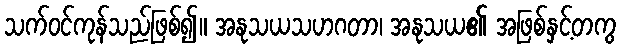
သက်ဝင်ကုန်သည်ဖြစ်၍။ အနုသယသဟဂတာ၊ အနုသယ၏ အဖြစ်နှင့်တကွ